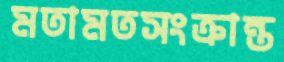
মতামতসংক্রান্ত